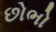
છોભો